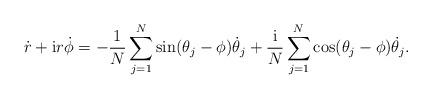
LaTeX: \begin{align*} {\dot r} + {\mathrm i} r {\dot \phi} = -\frac{1}{N} \sum_{j=1}^{N} \sin(\theta_j - \phi) {\dot \theta}_j + \frac{{\mathrm i}}{N}\sum_{j=1}^{N}\cos (\theta_j- \phi) {\dot \theta}_j.\end{align*}